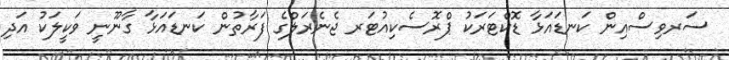
ސަރވިސްއިން ކަނޑައަޅާ ޑޮކްޓަރަކު ޕްރޮސެކިއުޓަރ ޖެނެރަލްގެ ފަރާތުން ކަނޑައަޅާ ގާނޫނީ ވަކީލަކު އަދި